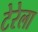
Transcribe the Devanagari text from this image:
टेरेला